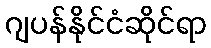
ဂျပန်နိုင်ငံဆိုင်ရာ